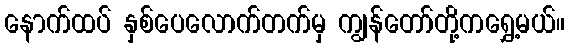
နောက်ထပ် နှစ်ပေလောက်တက်မှ ကျွန်တော်တို့ကရွှေ့မယ်။